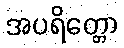
အပရိတ္တော